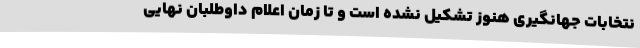
نتخابات جهانگیری هنوز تشکیل نشده است و تا زمان اعلام داوطلبان نهایی